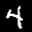
Label: 4